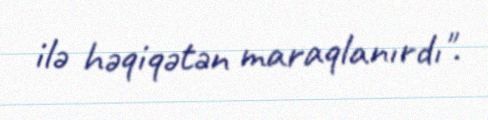
ilə həqiqətən maraqlanırdı".